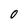
Character: O